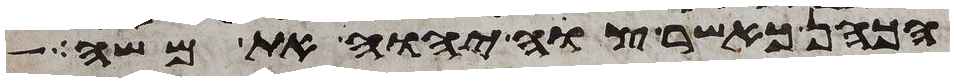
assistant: הכהן כאשר צוה יהוה את משה